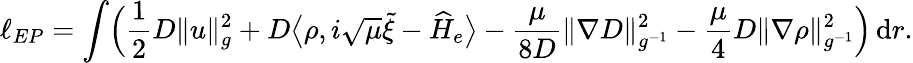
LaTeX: \ell_{EP}=\int\! \Big(\frac{1}2D\| u\| _{g}^{2}+D\big\langle\rho,i\sqrt{\mu}\tilde{\xi}-\widehat H_{e}\big\rangle-\frac{\mu}{8D}{\| \nabla{D}\| _{g^{-1}}^{2}}-\frac\mu 4D\| \nabla\rho\| _{g^{-1}}^{2}\Big)\, \mathrm{d}r.